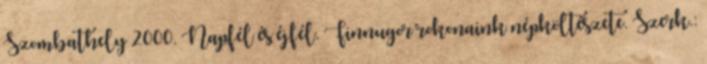
Szombathely 2000. Napfél és éjfél. Finnugor rokonaink népköltészete. Szerk.: